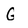
Character: G